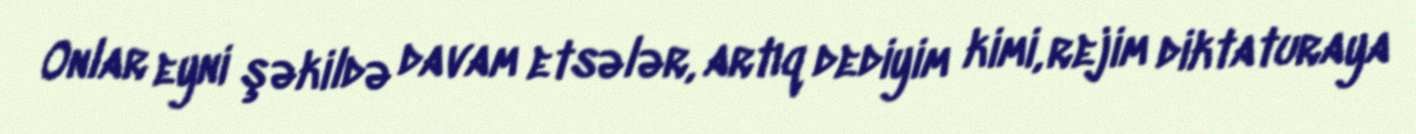
Onlar eyni şəkildə davam etsələr, artıq dediyim kimi, rejim diktaturaya